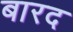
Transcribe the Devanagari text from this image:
बारद